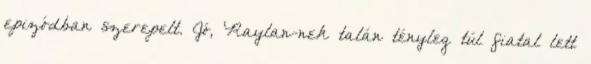
epizódban szerepelt. Jó, Raylan-nek talán tényleg túl fiatal lett